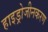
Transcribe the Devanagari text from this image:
हाइड्रोजीनकरण